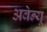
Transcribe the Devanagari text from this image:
अवेन्यू